Report of an investigation of the epidemic of malarial fever in Assam, or, kala-azar
Disease focus: Malaria
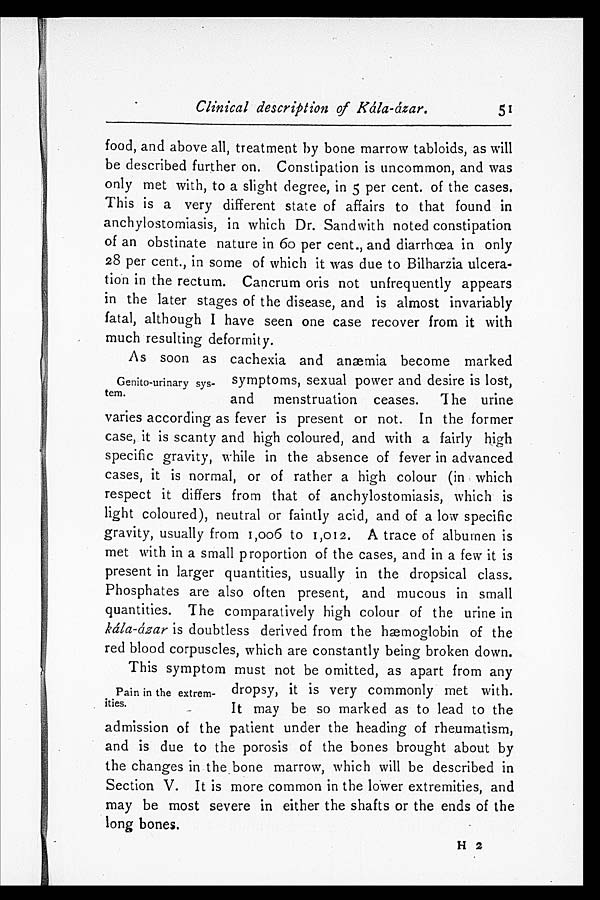
Clinical description of Kála-ázar.
51
food, and above all, treatment by bone marrow tabloids, as will
be described further on. Constipation is uncommon, and was
only met with, to a slight degree, in 5 per cent. of the cases.
This is a very different state of affairs to that found in
anchylostomiasis, in which Dr. Sandwith noted constipation
of an obstinate nature in 6o per cent., and diarrhœa in only
28 per cent., in some of which it was due to Bilharzia ulcera
-tion in the rectum. Cancrum oris not unfrequently appears
in the later stages of the disease, and is almost invariably
fatal, although I have seen one case recover from it with
much resulting deformity.
As soon as cachexia and anæmia become marked
symptoms, sexual power and desire is lost,
and menstruation ceases. The urine
varies according as fever is present or not. In the former
case, it is scanty and high coloured, and with a fairly high
specific gravity, while in the absence of fever in advanced
cases, it is normal, or of rather a high colour (in which
respect it differs from that of anchylostomiasis, which is
light coloured), neutral or faintly acid, and of a low specific
gravity, usually from 1,006 to 1,012. A trace of albumen is
met with in a small proportion of the cases, and in a few it is
present in larger quantities, usually in the dropsical class.
Phosphates are also often present, and mucous in small
quantities. The comparatively high colour of the urine in
kála- ázar is doubtless derived from the hæmoglobin of the
red blood corpuscles, which are constantly being broken down.
This symptom must not be omitted, as apart from any
dropsy, it is very commonly met with.
It may be so marked as to lead to the
admission of the patient under the heading of rheumatism,
and is due to the porosis of the bones brought about by
the changes in the bone marrow, which will be described it
Section V. It is more common in the lower extremities, and
may be most severe in either the shafts or the ends of the
long bones.
H 2
Genito-urinary sys
-tem.
Pain in the extrem
-ities.